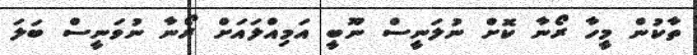
ތާކުން މީހާ ރޯނާ ކޮށް ނުލަނީސް ނޫބީ އަމިއްލައަށް ރޯނާ ނުވަނީސް ބަލަ